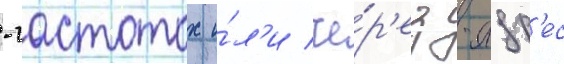
-частотах и́л'и че́р'ез -адр'ес